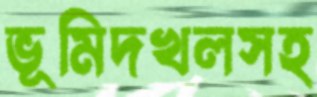
ভূমিদখলসহ